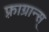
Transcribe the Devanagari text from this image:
फ़्राग्रान्स्